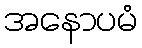
အနောပမံ